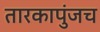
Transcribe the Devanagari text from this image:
तारकापुंजच